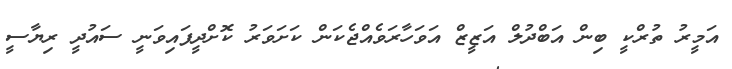
އަމީރު ތުރްކީ ބިން އަބްދުލް އަޒީޒް އަވަހާރަވެއްޖެކަން ކަށަވަރު ކޮށްދީފައިވަނީ ސައުދީ ރިޔާސީ